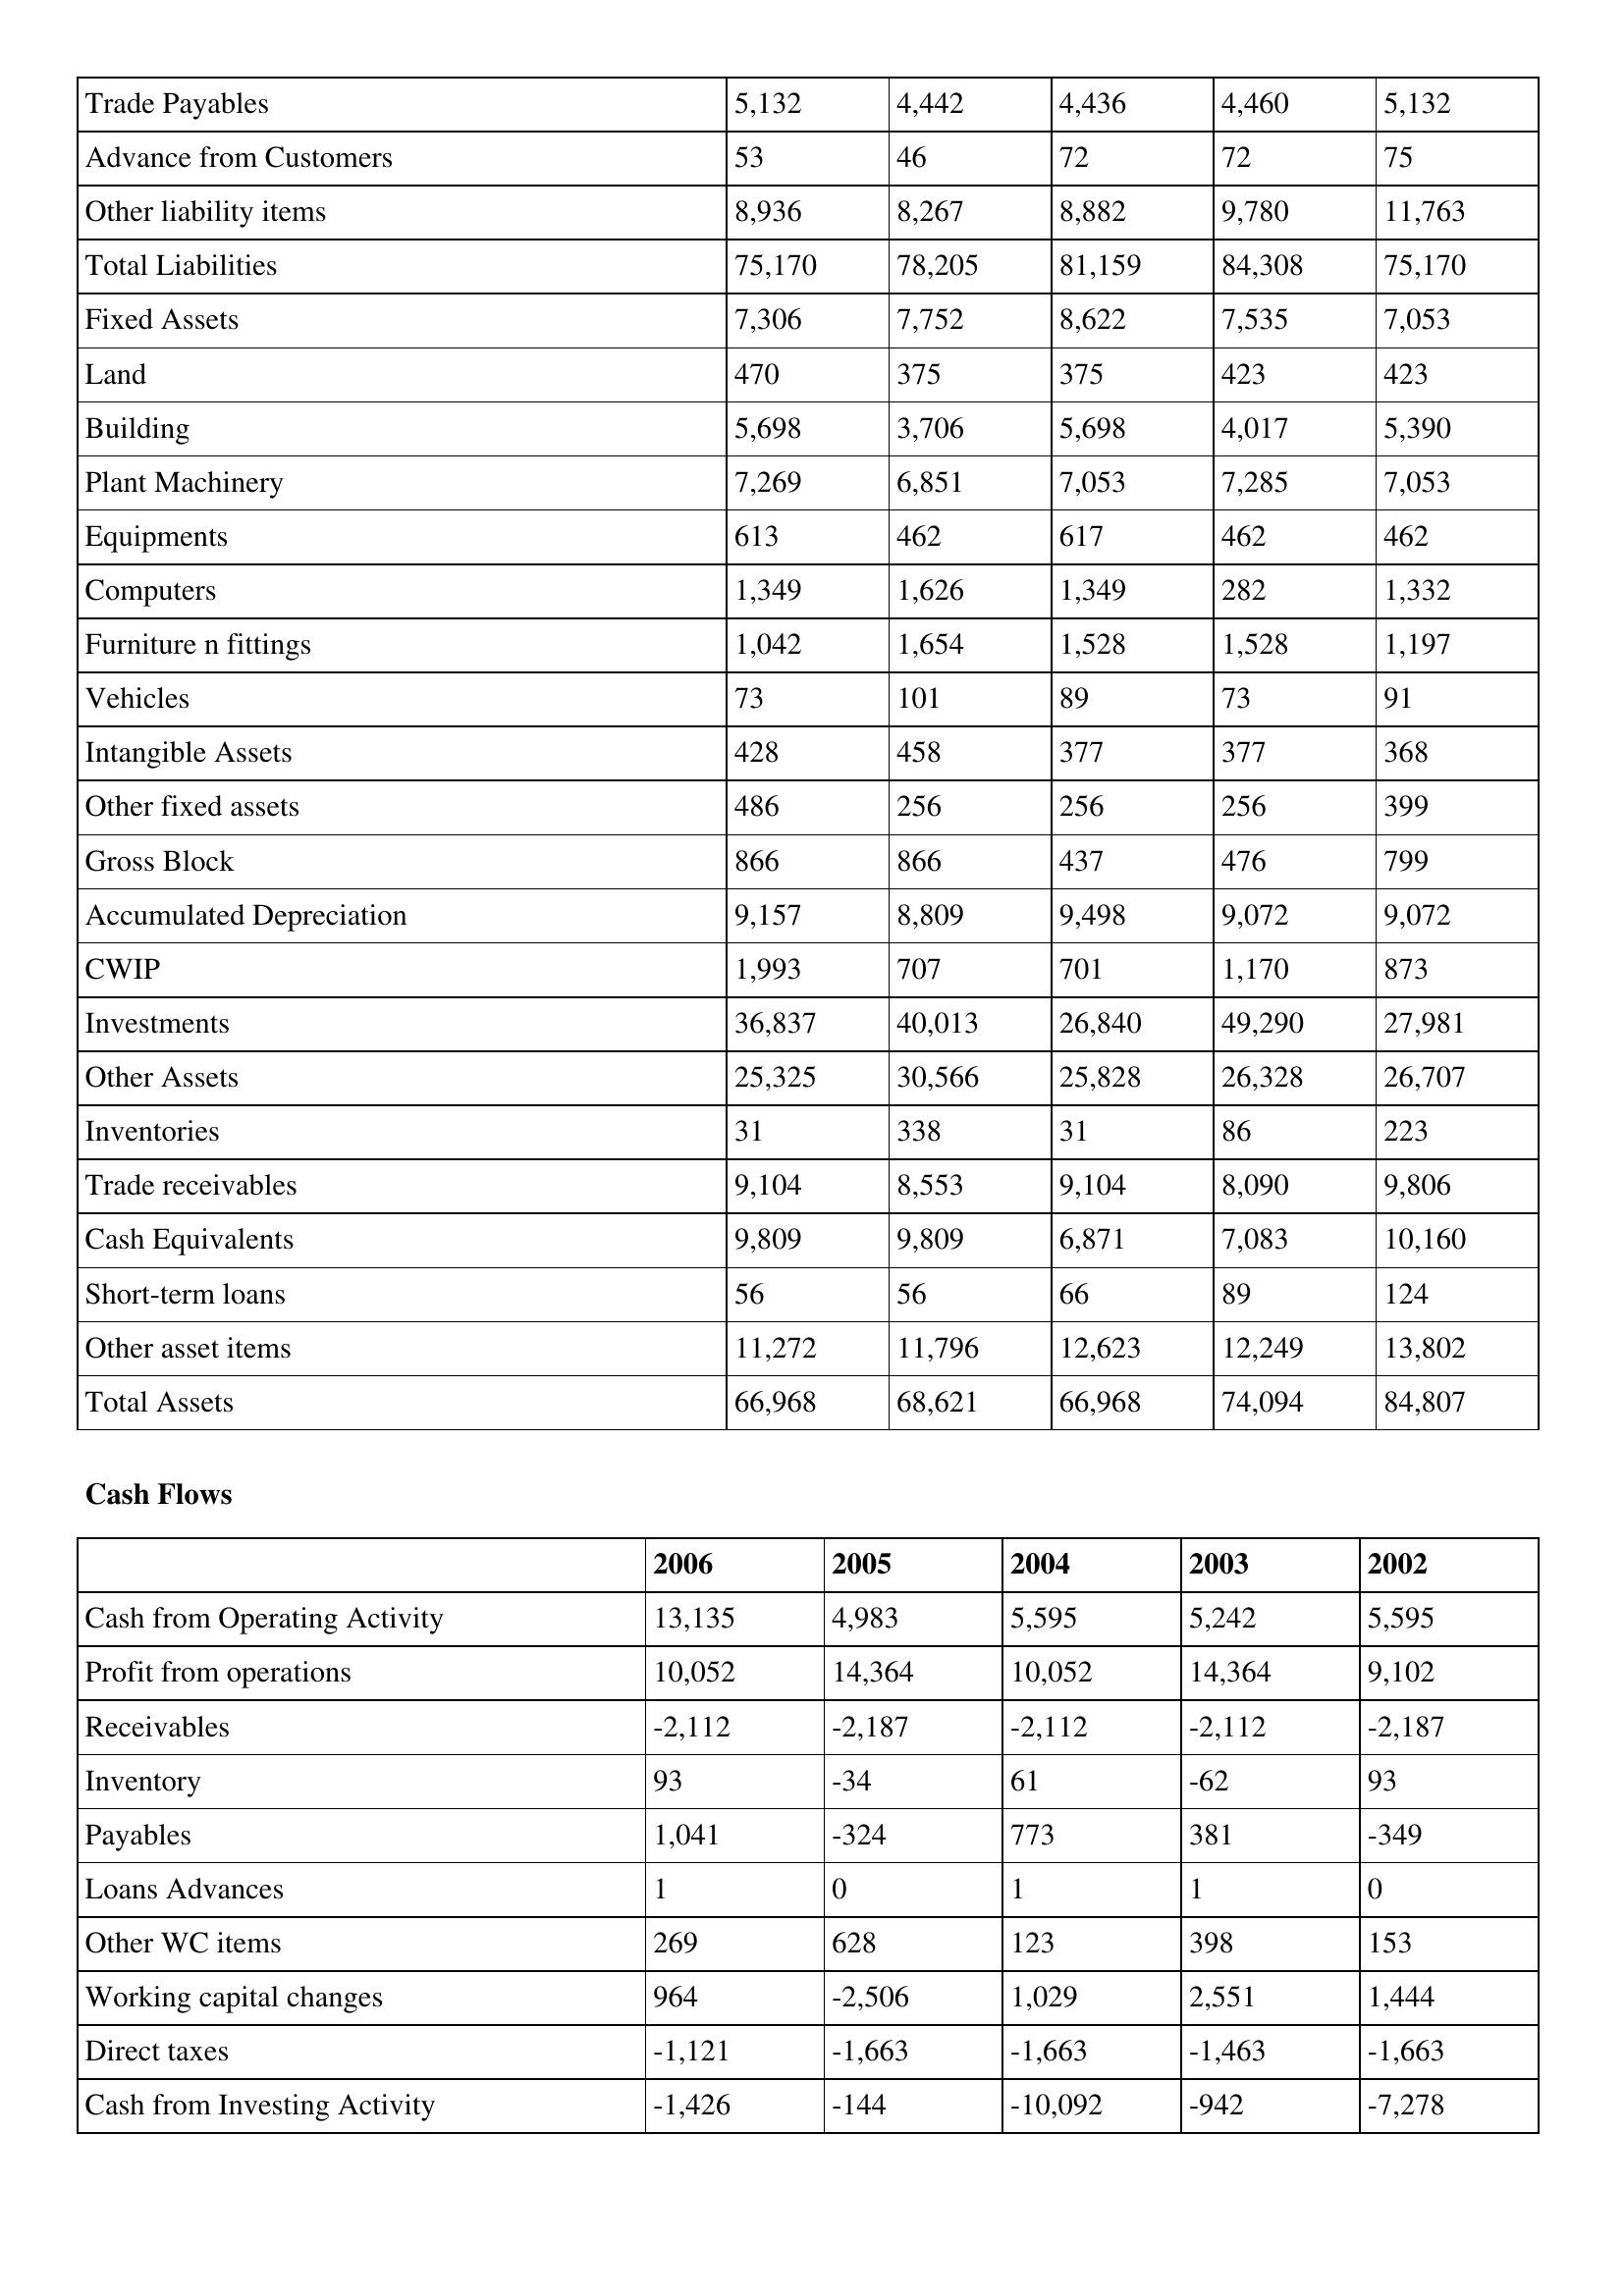
gt_parse: 2006: Balance Sheet: Trade Payables: 5,132
Advance from Customers: 53
Other liability items: 8,936
Total Liabilities: 75,170
Fixed Assets: 7,306
Land: 470
Building: 5,698
Plant Machinery: 7,269
Equipments: 613
Computers: 1,349
Furniture n fittings: 1,042
Vehicles: 73
Intangible Assets: 428
Other fixed assets: 486
Gross Block: 866
Accumulated Depreciation: 9,157
CWIP: 1,993
Investments: 36,837
Other Assets: 25,325
Inventories: 31
Trade receivables: 9,104
Cash Equivalents: 9,809
Short-term loans: 56
Other asset items: 11,272
Total Assets: 66,968
Cash Flows: Cash from Operating Activity: 13,135
Profit from operations: 10,052
Receivables: -2,112
Inventory: 93
Payables: 1,041
Loans Advances: 1
Other WC items: 269
Working capital changes: 964
Direct taxes: -1,121
Cash from Investing Activity: -1,426
2005: Balance Sheet: Trade Payables: 4,442
Advance from Customers: 46
Other liability items: 8,267
Total Liabilities: 78,205
Fixed Assets: 7,752
Land: 375
Building: 3,706
Plant Machinery: 6,851
Equipments: 462
Computers: 1,626
Furniture n fittings: 1,654
Vehicles: 101
Intangible Assets: 458
Other fixed assets: 256
Gross Block: 866
Accumulated Depreciation: 8,809
CWIP: 707
Investments: 40,013
Other Assets: 30,566
Inventories: 338
Trade receivables: 8,553
Cash Equivalents: 9,809
Short-term loans: 56
Other asset items: 11,796
Total Assets: 68,621
Cash Flows: Cash from Operating Activity: 4,983
Profit from operations: 14,364
Receivables: -2,187
Inventory: -34
Payables: -324
Loans Advances: 0
Other WC items: 628
Working capital changes: -2,506
Direct taxes: -1,663
Cash from Investing Activity: -144
2004: Balance Sheet: Trade Payables: 4,436
Advance from Customers: 72
Other liability items: 8,882
Total Liabilities: 81,159
Fixed Assets: 8,622
Land: 375
Building: 5,698
Plant Machinery: 7,053
Equipments: 617
Computers: 1,349
Furniture n fittings: 1,528
Vehicles: 89
Intangible Assets: 377
Other fixed assets: 256
Gross Block: 437
Accumulated Depreciation: 9,498
CWIP: 701
Investments: 26,840
Other Assets: 25,828
Inventories: 31
Trade receivables: 9,104
Cash Equivalents: 6,871
Short-term loans: 66
Other asset items: 12,623
Total Assets: 66,968
Cash Flows: Cash from Operating Activity: 5,595
Profit from operations: 10,052
Receivables: -2,112
Inventory: 61
Payables: 773
Loans Advances: 1
Other WC items: 123
Working capital changes: 1,029
Direct taxes: -1,663
Cash from Investing Activity: -10,092
2003: Balance Sheet: Trade Payables: 4,460
Advance from Customers: 72
Other liability items: 9,780
Total Liabilities: 84,308
Fixed Assets: 7,535
Land: 423
Building: 4,017
Plant Machinery: 7,285
Equipments: 462
Computers: 282
Furniture n fittings: 1,528
Vehicles: 73
Intangible Assets: 377
Other fixed assets: 256
Gross Block: 476
Accumulated Depreciation: 9,072
CWIP: 1,170
Investments: 49,290
Other Assets: 26,328
Inventories: 86
Trade receivables: 8,090
Cash Equivalents: 7,083
Short-term loans: 89
Other asset items: 12,249
Total Assets: 74,094
Cash Flows: Cash from Operating Activity: 5,242
Profit from operations: 14,364
Receivables: -2,112
Inventory: -62
Payables: 381
Loans Advances: 1
Other WC items: 398
Working capital changes: 2,551
Direct taxes: -1,463
Cash from Investing Activity: -942
2002: Balance Sheet: Trade Payables: 5,132
Advance from Customers: 75
Other liability items: 11,763
Total Liabilities: 75,170
Fixed Assets: 7,053
Land: 423
Building: 5,390
Plant Machinery: 7,053
Equipments: 462
Computers: 1,332
Furniture n fittings: 1,197
Vehicles: 91
Intangible Assets: 368
Other fixed assets: 399
Gross Block: 799
Accumulated Depreciation: 9,072
CWIP: 873
Investments: 27,981
Other Assets: 26,707
Inventories: 223
Trade receivables: 9,806
Cash Equivalents: 10,160
Short-term loans: 124
Other asset items: 13,802
Total Assets: 84,807
Cash Flows: Cash from Operating Activity: 5,595
Profit from operations: 9,102
Receivables: -2,187
Inventory: 93
Payables: -349
Loans Advances: 0
Other WC items: 153
Working capital changes: 1,444
Direct taxes: -1,663
Cash from Investing Activity: -7,278